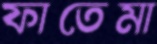
ফাতেমা